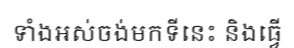
ទាំងអស់ចង់មកទីនេះ និងធ្វើ